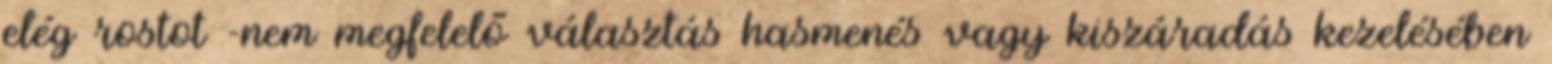
elég rostot -nem megfelelő választás hasmenés vagy kiszáradás kezelésében